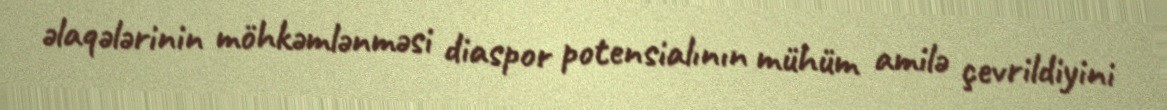
əlaqələrinin möhkəmlənməsi diaspor potensialının mühüm amilə çevrildiyini